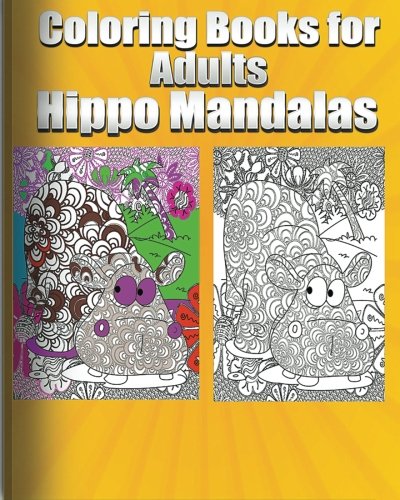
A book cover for Coloring Book for Adults Hippo Mandalas; Coloring Book Fun; Comics & Graphic Novels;